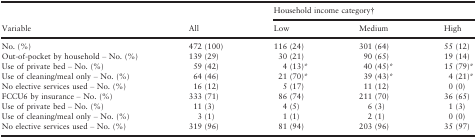
|  |  | <COLSPAN=3> Household income category† |
 | Variable | All | Low | Medium | High |
 | --- | --- | --- | --- | --- |
 | No. (%) | 472 (100) | 116 (24) | 301 (64) | 55 (12) |
 | Out-of-pocket by household – No. (%) | 139 (29) | 30 (21) | 90 (65) | 19 (14) |
 | Use of private bed – No. (%) | 59 (42) | 4 (13)* | 40 (45)* | 15 (79)* |
 | Use of cleaning/meal only – No. (%) | 64 (46) | 21 (70)* | 39 (43)* | 4 (21)* |
 | No elective services used – No. (%) | 16 (12) | 5 (17) | 11 (12) | 0 (0) |
 | FCCU6 by insurance – No. (%) | 333 (71) | 86 (74) | 211 (70) | 36 (65) |
 | Use of private bed – No. (%) | 11 (3) | 4 (5) | 6 (3) | 1 (3) |
 | Use of cleaning/meal only – No. (%) | 3 (1) | 1 (1) | 2 (1) | 0 (0) |
 | No elective services used – No. (%) | 319 (96) | 81 (94) | 203 (96) | 35 (97) |